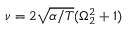
\nu = 2 \sqrt { \alpha / T } ( \Omega _ { 2 } ^ { 2 } + 1 )